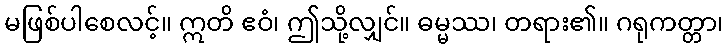
မဖြစ်ပါစေလင့်။ ဣတိ ဧဝံ၊ ဤသို့လျှင်။ ဓမ္မဿ၊ တရား၏။ ဂရုကတ္တာ၊